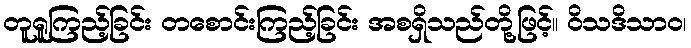
တူရူကြည့်ခြင်း တစောင်းကြည့်ခြင်း အစရှိသည်တို့ဖြင့်။ ဝိသဒိသာဝ၊